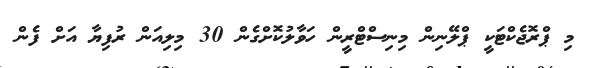
މި ޕްރޮޖެކްޓަކީ ޕްލޭނިން މިނިސްޓްރީން ހަވާލުކޮށްގެން 30 މިލިއަން ރުފިޔާ އަށް ފެން